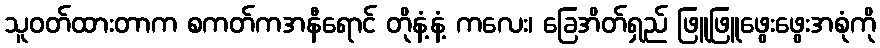
သူဝတ်ထားတာက စကတ်ကအနီရောင် တိုနံ့နံ့ ကလေး၊ ခြေအိတ်ရှည် ဖြူဖြူဖွေးဖွေးအစုံကို